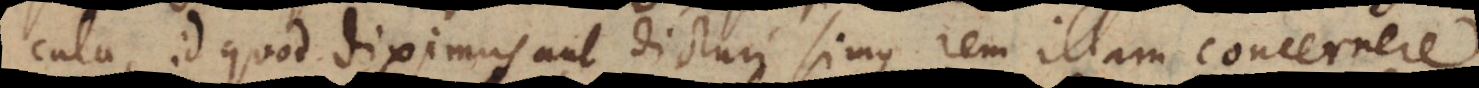
cula, id quod diximus aut dicturi simus rem illam concernere.